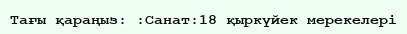
Тағы қараңыз: :Санат:18 қыркүйек мерекелері